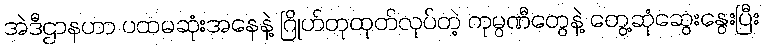
အဲဒီဌာနဟာ ပထမဆုံးအနေနဲ့ ဂြိုဟ်တုထုတ်လုပ်တဲ့ ကုမ္ပဏီတွေနဲ့ တွေ့ဆုံဆွေးနွေးပြီး